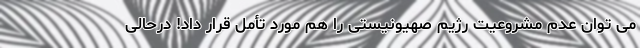
می توان عدم مشروعیت رژیم صهیونیستی را هم مورد تأمل قرار داد! درحالی